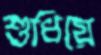
শুধিয়ে